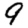
Digit: 9